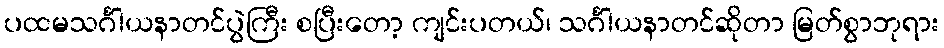
ပထမသင်္ဂါယနာတင်ပွဲကြီး စပြီးတော့ ကျင်းပတယ်၊ သင်္ဂါယနာတင်ဆိုတာ မြတ်စွာဘုရား